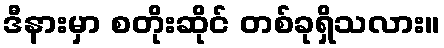
ဒီနားမှာ စတိုးဆိုင် တစ်ခုရှိသလား။